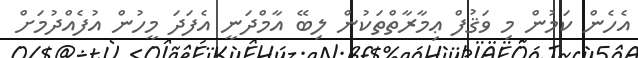
އެހެން ކަމުން މި ވަޤުފް ޢިމާރާތްތަކުން ލިބޭ އާމްދަނީ އެފަދަ މީހުން އުފެއްދުމަށް